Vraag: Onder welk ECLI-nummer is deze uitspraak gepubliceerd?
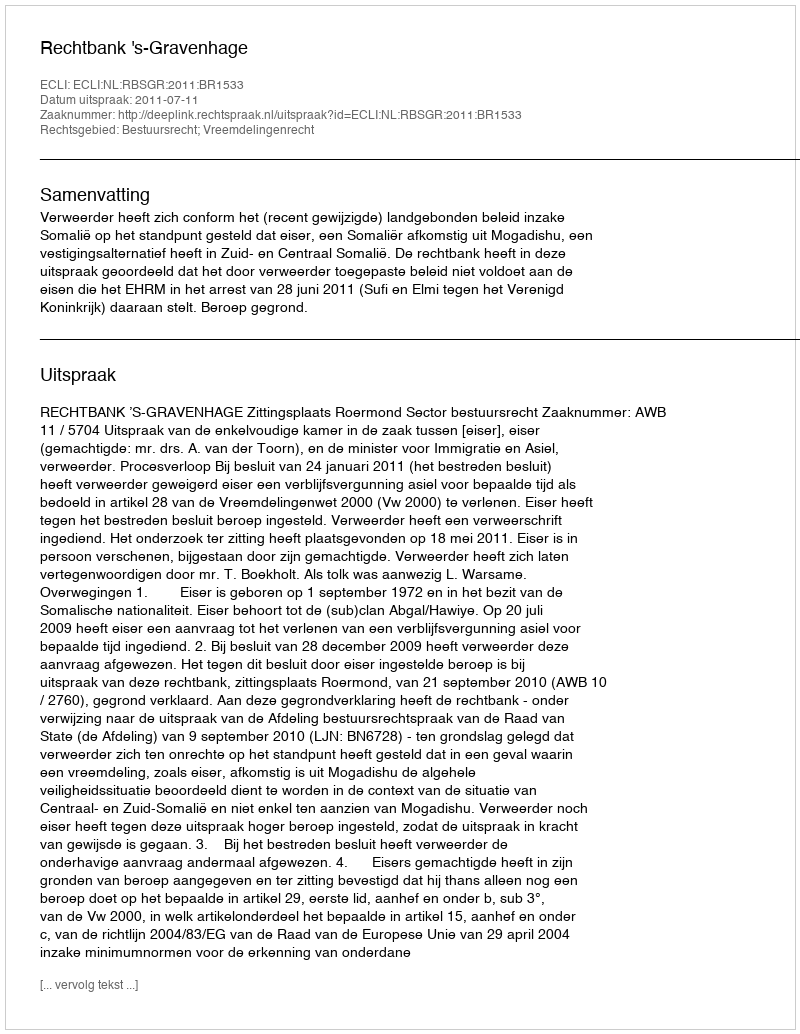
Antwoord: ECLI:NL:RBSGR:2011:BR1533